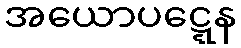
အယောပဋ္ဋေန